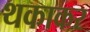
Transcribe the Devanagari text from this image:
थकाकर